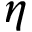
\eta